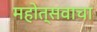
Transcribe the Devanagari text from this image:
महोत्सवाचा